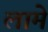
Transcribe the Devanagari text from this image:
लामे